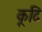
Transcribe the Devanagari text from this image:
कूदि